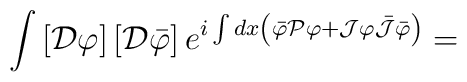
\int \left[ {\cal D} \varphi \right] \left[ {\cal D}\bar{\varphi} \right] e^{i \int dx \left( \bar{\varphi} {\cal P}\varphi + {\cal J} \varphi \bar{{\cal J}} \bar{\varphi} \right) } =